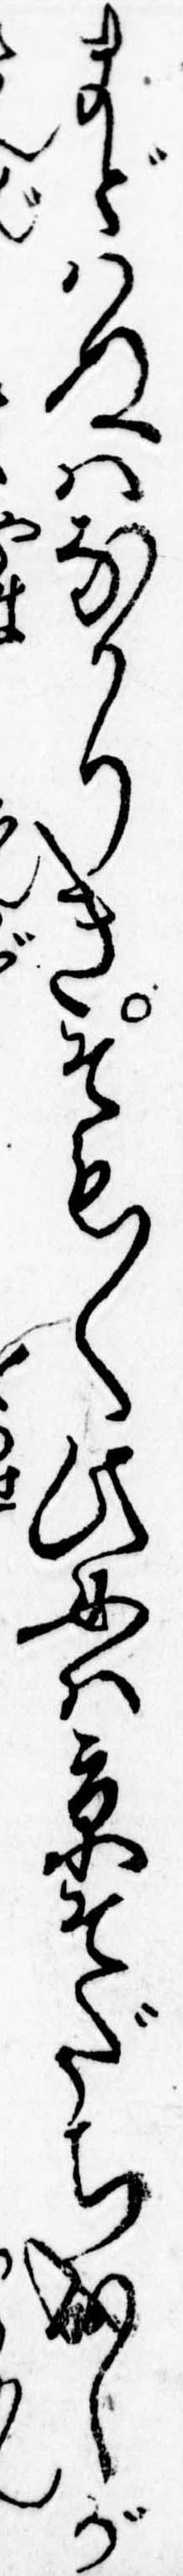
まどはぬはなかりきそも〱此女は京そだち成しが